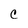
Character: c